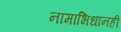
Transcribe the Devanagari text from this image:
नामाभिधानही